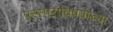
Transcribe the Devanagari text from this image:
परस्परांविषयीच्या